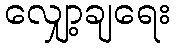
လျှော့ချရေး